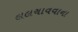
લલચાવવાના